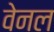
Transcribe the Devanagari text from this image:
वेनल